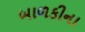
બાળકીના